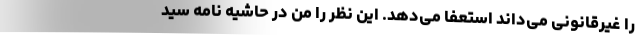
را غیرقانونی می‌داند استعفا می‌دهد. این نظر را من در حاشیه نامه سید